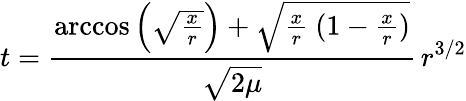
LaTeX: t={\frac{\operatorname{arccos}{\Big(}{\sqrt{\frac{x}{r}}}{\Big)}+{\sqrt{{\frac{x}{r}}\ (1-{\frac{x}{r}})}}}{\sqrt{2\mu}}}\, r^{3/2}